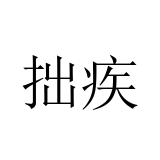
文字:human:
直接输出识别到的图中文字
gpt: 拙疾